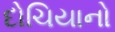
દોચિયાનો